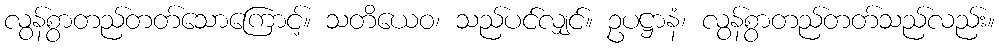
လွန်စွာတည်တတ်သောကြောင့်။ သတိယေဝ၊ သည်ပင်လျှင်။ ဥပဋ္ဌာနံ၊ လွန်စွာတည်တတ်သည်လည်း။